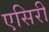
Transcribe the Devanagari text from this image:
एसिरी